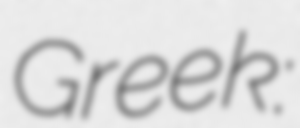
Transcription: Greek: